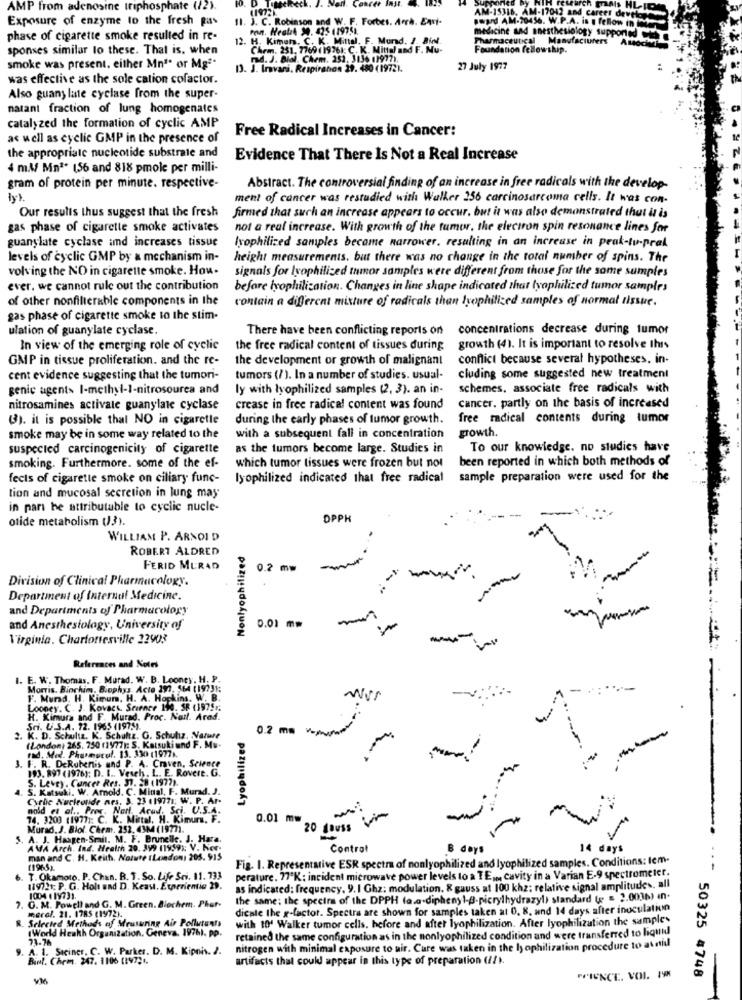
AMP from adenosine triphosphate (72).
(1972).
. J. C. Robinson and W. F. Forbes. Arrà. Ensi-
Exposure of enzyme to the fresh pas
Por. Heath 20. 425 119751.
medicine and anesthesi
phase of cigarette smoke resulted in re-
12. H. Kimers. C. K. Mittal. F. Mund. J. Bil.
Many
sponses similar lo these. That is. when
Chem. 251. 7769 (19761: C. K. Mittal and F. Mu-
Foundation fellowship.
rad. J. Biel. Chem. 251, 3136 11977).
smoke was present. either Mn" or Mgª*
13. J. Iravari. Respirano 29. 480 (19721.
27 July 1977
was effective as the sole cation cofactor.
Also guany late cyclase from the super-
natant fraction of lung homogenates
catalyzed the formation of cyclic AMP
Free Radical Increases in Cancer:
as well as cyclic GMP in the presence of
the appropriate nucleotide substrate and
Evidence That There Is Not a Real Increase
4 m.l/ Mn1* 156 and 818 pmole per milli-
gram of protein per minute. respective-
Abstract. The controversial finding of an increase in free radicals with the develop-
ment of cancer was restudied with Walker 256 carcinosarcoma cells. It was con-
Our results thus suggest that the fresh
firmed that such an increase appears to occur, but it was also demonstrated that it is
gas phase of cigarette smoke activates
not a real increase. With growth of the tumor, the electron spin resonance lines for
guanylate cyclase amd increases tissue
lyophilized samples became narrower, resulting in an increase in peak-tu-pral
levels of cyclic GMP by a mechanism in-
height measurements. but there was no change in the total number of spins. The
volving the NO in cigarette smoke. How.
signals for Isophilized tumor samples were different from those for the same samples
ever, we cannot rule out the contribution
before isophilization. Changes in line shape indicated that (yophilized tumor samples
of other nonfilierable components in the
contain a different mixture of radicals than tyophilized samples of normal tissue.
gas phase of cigarette smoke to the stim-
ulation of guanylate cyclase.
There have been conflicting reports on
concentrations decrease during tumor
In view of the emerging role of cyclic
the free radical content of tissues during growth (4). It is important to resolve this
GMP in tissue proliferation. and the re-
the development or growth of malignant
conflict because several hypotheses, in-
cent evidence suggesting that the tumori-
tumors (/ ). In a number of studies. usual-
cluding some suggested new treatment
genic agents I-methyl-1-nitrosourea and
ly with lyophilized samples (2, 3). an in-
schemes, associate free radicals with
cancer, partly on the basis of increased
nitrosamines activale guanylate cyclase
crease in free radical content was found
(3). it is possible that NO in cigarette
during the carly phases of tumor growth.
free radical contents during tumor
growth.
smoke may be in some way related to the
with a subsequent fall in concentration
suspected carcinogenicity of cigarette
as the tumors become large. Studies in
To our knowledge. no studies have
smoking. Furthermore. some of the ef-
which tumor tissues were frozen but not
been reported in which both methods of
fects of cigarette smoke on ciliary func-
lyophilized indicated that free radical
sample preparation were used for the
tion and mucosal secretion in lung may
in pari he attributable to cyclic nucle-
otide metabolism (13).
OPPH
WILLIAM P. ARNOLD
ROBERT ALDRED
Nontyophilized
FERID MURAD
0.2 mm
:-
Division of Clinical Pharmacology.
Department of Internal Medicine.
and Departments of Pharmacology
and Anesthesiology, University of
0.01 mm
Virginia. Charlottesville 22903
-
References and Notes
I. E. W. Thomas, F. Murad. W. B. Looney, H. P.
Morris. Biochim, Biophys. Acto 197, 564 (19731;
F. Mund, H. Kimum, H. A. Hopkins. W. B.
wer
Looney. C. J. Kovacs. Science 190. SR (1975;
H. Kimura and F. Murad. Proc. Nail. Arad.
Sci. U.S.A. 72. 1965 (1975).
0.2 mm
K. D. Schultz. K. Schulz. G. Schulz, Nature
Lyophilized
rad. Med. Phanmural. 13. 330 11977 ..
don) 265. 750 (1977): S. Katsukiund F. Mu-
3. F. R. DeRubertis und P. A. Craven, Science
193. 897 (1976): D. I .. Veseh. L. E. Rovere. G.
S. Levey. Cancer Res, 37. 28 (1977).
S. Katsuki. W. Arnold. C. Miual, F. Murad. J.
Cyrlic Nucleotide nes. 3. 23 119771; W. P. Ar.
nold et al ., Prec, Nart, Arud, Sci. U.S.A.
74. 3203 (1977 :: C. K. Mirtal. H. Kimur. F.
0.01 mw
20 Jours Vim
Murad. J. Blol. Chem. 252. 43M (1977).
S. A. J. Haagen-Smail. M. F. Brunelle. J. Hara.
AMA Arch. Ind. Health 20. 399 11959); V. Ker-
Control
B days
14 days
man and C. H. Keith. Nature (London, 205. 915
Fig. 1. Representative ESR spectra of nonlyophilized and lyophilized samples. Conditions: tem-
(1965)
T. Okamoro. P. Chan. B. T. So. Life Sei. 11. 733
perature. 77'K : incident microwave power levels to a TE ,., cavity in a Varian E-9 spectrometer.
119721: P. G. Holt and D. Keav. Experientia 29.
as indicated: frequency. 9. 1 Ghz: modulation, & gauss at 100 khz: relative signal amplitudes. all
7. O. M. Powell and G. M. Green. Biochem. Phor-
1004 ( 19731.
the same; the spectra of the DPPH ta.a.diphenyl-B-picrylhydrazyl) standard (g = 2.0036) in-
merci. 21. 1785 (1972).
dicale the x-factor. Spectra are shown for samples taken at 0, 8, and 14 days after inoculation
. Selected Methods of Meusuring Air Pollutants
with to' Walker tumor cells. before and after lyophilization. After lyophilization the samples
(World Hewkh Organization, Geneva, 1976), pp.
73-76
retained the same configuration as in the onlyophilized condition and were transferred to liquid
9. A. 1. Siciner. C. W. Parker. D. M. Kipnis. 2.
nitrogen with minimal exposure to air. Cure was taken in the ly ophilization procedure to avoid
Binl. Chem. 247. 1106 (19721.
artifacts that could appear in this type of preparation ( !! ).
FFIENCE. VOL. 19
50325 4748